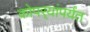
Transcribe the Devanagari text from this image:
कोपर्‍यांपर्यंत